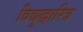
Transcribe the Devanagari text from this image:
विद्युद्धारित्र